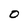
Character: O